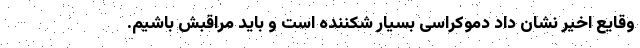
وقایع اخیر نشان داد دموکراسی بسیار شکننده است و باید مراقبش باشیم.